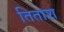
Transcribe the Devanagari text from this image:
तिताश